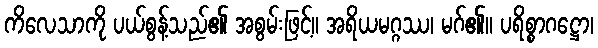
ကိလေသာကို ပယ်စွန့်သည်၏ အစွမ်းဖြင့်။ အရိယမဂ္ဂဿ၊ မဂ်၏။ ပရိစ္စာဂဋ္ဌော၊